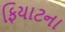
ફિયાટના